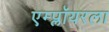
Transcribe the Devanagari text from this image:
एम्प्लॉयरला